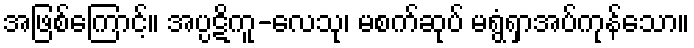
အဖြစ်ကြောင့်။ အပ္ပဋိကူ-လေသု၊ မစက်ဆုပ် မရွံရှာအပ်ကုန်သော။